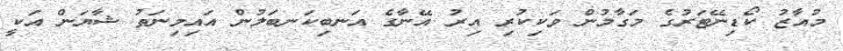
މުއާޒު ކޯޑިނޭޓަރުގެ މަގާމުން ވަކިކުރި އިރު އޭނާގެ އަނބިކަނބަލުން އައިމިނަތު ޝާޔަން އަކީ